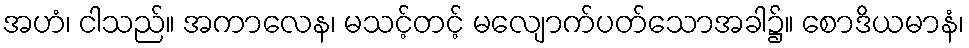
အဟံ၊ ငါသည်။ အကာလေန၊ မသင့်တင့် မလျောက်ပတ်သောအခါ၌။ စောဒိယမာနံ၊